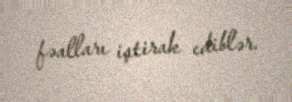
fəalları iştirak ediblər.